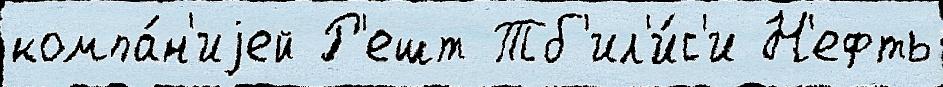
компа́н'иjей Р'ешт Тб'ил'и́с'и Н'ефть